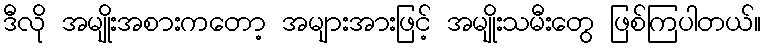
ဒီလို အမျိုးအစားကတော့ အများအားဖြင့် အမျိုးသမီးတွေ ဖြစ်ကြပါတယ်။